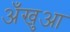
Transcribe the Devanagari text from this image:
अँखुआ